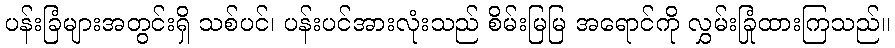
ပန်းခြံများအတွင်းရှိ သစ်ပင်၊ ပန်းပင်အားလုံးသည် စိမ်းမြမြ အရောင်ကို လွှမ်းခြုံထားကြသည်။